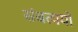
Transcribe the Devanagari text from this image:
संबत्ययों